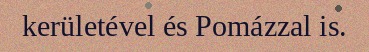
kerületével és Pomázzal is.